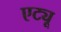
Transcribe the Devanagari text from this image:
एट्यू